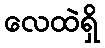
လေထဲရှိ